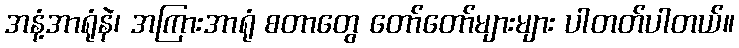
အနံ့အာရုံနဲ၊ အကြားအာရုံ စတာတွေ တော်တော်များများ ပါတတ်ပါတယ်။